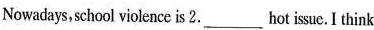
Nowadays,school violence is 2.___hot issue.I think